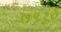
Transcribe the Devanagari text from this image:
७९१०